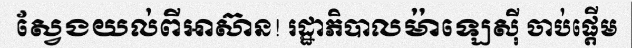
ស្វែងយល់ពីអាស៊ាន! រដ្ឋាភិបាលម៉ាឡេស៊ី ចាប់ផ្តើម